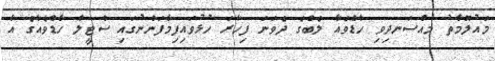
މައުލޫމާތު މުއްސަނދިވި ހާޑްވެއާ ލެބްގެ ދެވަނަ ފިހާރަ ހުޅުވައިފިމާފަންނުގައި ސްޓީލް ހާޑްވެއާގެ އާ